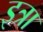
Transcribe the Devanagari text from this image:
इत्रा